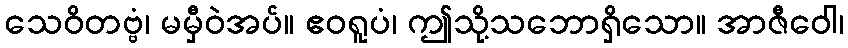
သေဝိတဗ္ဗံ၊ မမှီဝဲအပ်။ ဧဝရူပံ၊ ဤသို့သဘောရှိသော။ အာဇီဝေါ၊